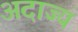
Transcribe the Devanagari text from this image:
अदाज्य